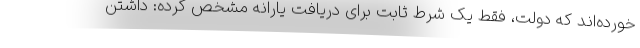
خورده‌اند که دولت، فقط یک شرط ثابت برای دریافت یارانه مشخص کرده: داشتن